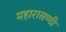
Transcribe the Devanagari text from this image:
महारासण्डी